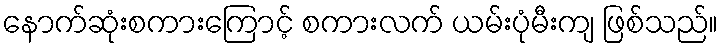
နောက်ဆုံးစကားကြောင့် စကားလက် ယမ်းပုံမီးကျ ဖြစ်သည်။